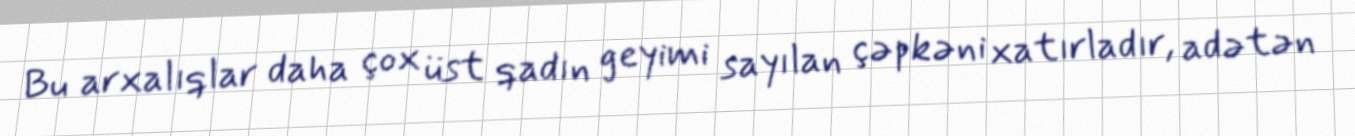
Bu arxalıqlar daha çox üst qadın geyimi sayılan çəpkəni xatırladır, adətən